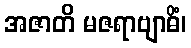
အဇာတိ မဇရာဗျာဓိံ၊